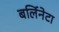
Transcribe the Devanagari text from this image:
बर्लिनेटा